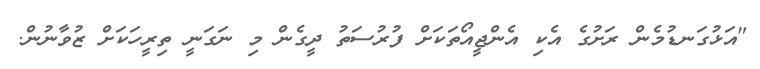
"އަޅުގަނޑުމެން ރަށުގެ އެކި އެންޖީއޯތަކަށް ފުރުސަތު ދީގެން މި ނަގަނީ ތިރީހަކަށް ޒުވާނުން.